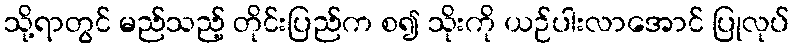
သို့ရာတွင် မည်သည့် တိုင်းပြည်က စ၍ သိုးကို ယဉ်ပါးလာအောင် ပြုလုပ်